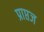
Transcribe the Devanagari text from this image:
प्राप्तज